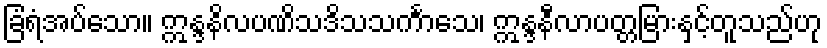
ခြံရံအပ်သော။ ဣန္ဒနိလပဏိသဒိသသင်္ကာသေ၊ ဣန္ဒနီလာပတ္တမြားနှင့်တူသည်ဟု